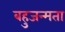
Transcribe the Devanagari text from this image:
बहुजन्मता